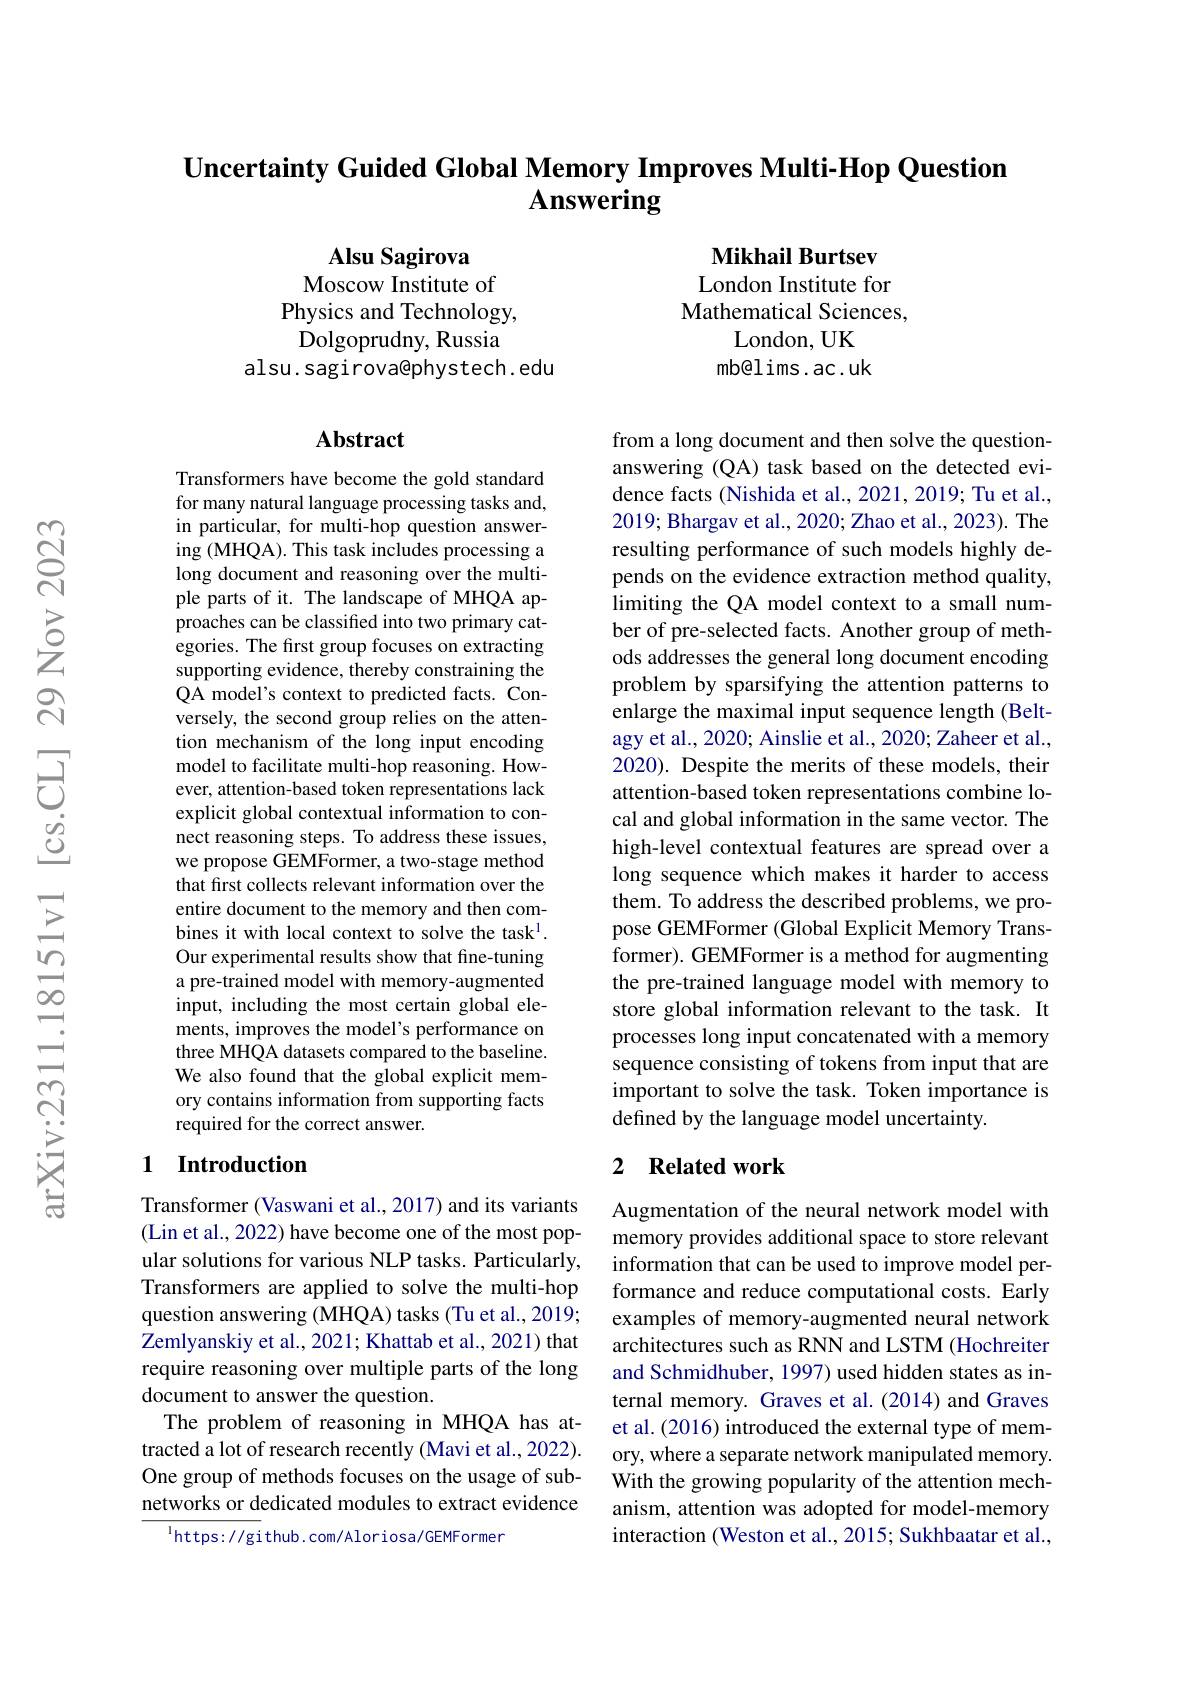
Uncertainty Guided Global Memory Improves Multi-Hop Question
# $\mathbf{Answering}$

Mikhail Burtsev London Institute for Mathematical Sciences,
London, UK mb@lims.ac.uk

Alsu Sagirova
Moscow Institute of Physics and Technology, Dolgoprudny, Russia
alsu. sagirova@phystech. edu

### Abstract

from a long document and then solve the questionanswering (QA) task based on the detected evidence facts (Nishida et al., 2021, 2019; Tu et al., 2019; Bhargav et al., 2020; Zhao et al., 2023). The resulting performance of such models highly depends on the evidence extraction method quality, limiting the QA model context to a small number of pre-selected facts. Another group of methods addresses the general long document encoding problem by sparsifying the attention patterns to enlarge the maximal input sequence length (Beltagy et al., 2020; Ainslie et al., 2020; Zaheer et al., 2020). Despite the merits of these models, their attention-based token representations combine local and global information in the same vector. The high-level contextual features are spread over a long sequence which makes it harder to access them. To address the described problems, we propose GEMFormer (Global Explicit Memory Transformer). GEMFormer is a method for augmenting the pre-trained language model with memory to store global information relevant to the task. It processes long input concatenated with a memory sequence consisting of tokens from input that are important to solve the task. Token importance is defined by the language model uncertainty.

Transformers have become the gold standard for many natural language processing tasks and, in particular, for multi-hop question answering (MHQA). This task includes processing a long document and reasoning over the multiple parts of it. The landscape of MHQA approaches can be classified into two primary categories. The first group focuses on extracting supporting evidence, thereby constraining the QA model's context to predicted facts. Conversely, the second group relies on the attention mechanism of the long input encoding model to facilitate multi-hop reasoning. However, attention-based token representations lack explicit global contextual information to connect reasoning steps. To address these issues, we propose GEMFormer, a two-stage method that first collects relevant information over the entire document to the memory and then combines it with local context to solve the task$^{1}.$ Our experimental results show that fine-tuning a pre-trained model with memory-augmented input, including the most certain global elements, improves the model's performance on three MHQA datasets compared to the baseline. We also found that the global explicit memory contains information from supporting facts required for the correct answer.

## 1 Introduction

## 2 Related work

Transformer (Vaswani et al., 2017) and its variants (Lin et al., 2022) have become one of the most popular solutions for various NLP tasks. Particularly, Transformers are applied to solve the multi-hop question answering (MHQA) tasks (Tu et al., 2019; Zemlyanskiy et al., 2021; Khattab et al., 2021) that require reasoning over multiple parts of the long document to answer the question.
The problem of reasoning in MHQA has attracted a lot of research recently (Mavi et al., 2022). One group of methods focuses on the usage of subnetworks or dedicated modules to extract evidence
$^{\mathrm{l}}$https: //github. com/Aloriosa/GEMFormer

Augmentation of the neural network model with memory provides additional space to store relevant information that can be used to improve model performance and reduce computational costs. Early examples of memory-augmented neural network architectures such as RNN and LSTM (Hochreiter and Schmidhuber, 1997) used hidden states as internal memory. Graves et al.(2014) and Graves et al. (2016) introduced the external type of memory, where a separate network manipulated memory. With the growing popularity of the attention mechanism, attention was adopted for model-memory interaction (Weston et al., 2015; Sukhbaatar et al.,